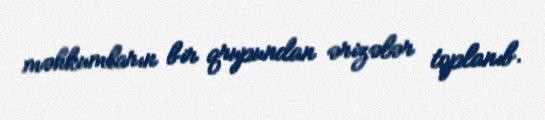
məhkumların bir qrupundan ərizələr toplanıb.